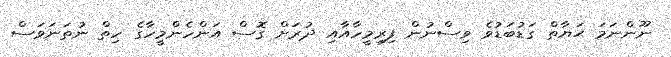
ނޫންނަމަ ޙަޔާތް ގަޑުބަޑުވެ ވިސްނުން ފިރިމީހާއާއި ދުރަށް ގޮސް އަންހެންމީހާގެ ހިތް ނުތަނަވަސް